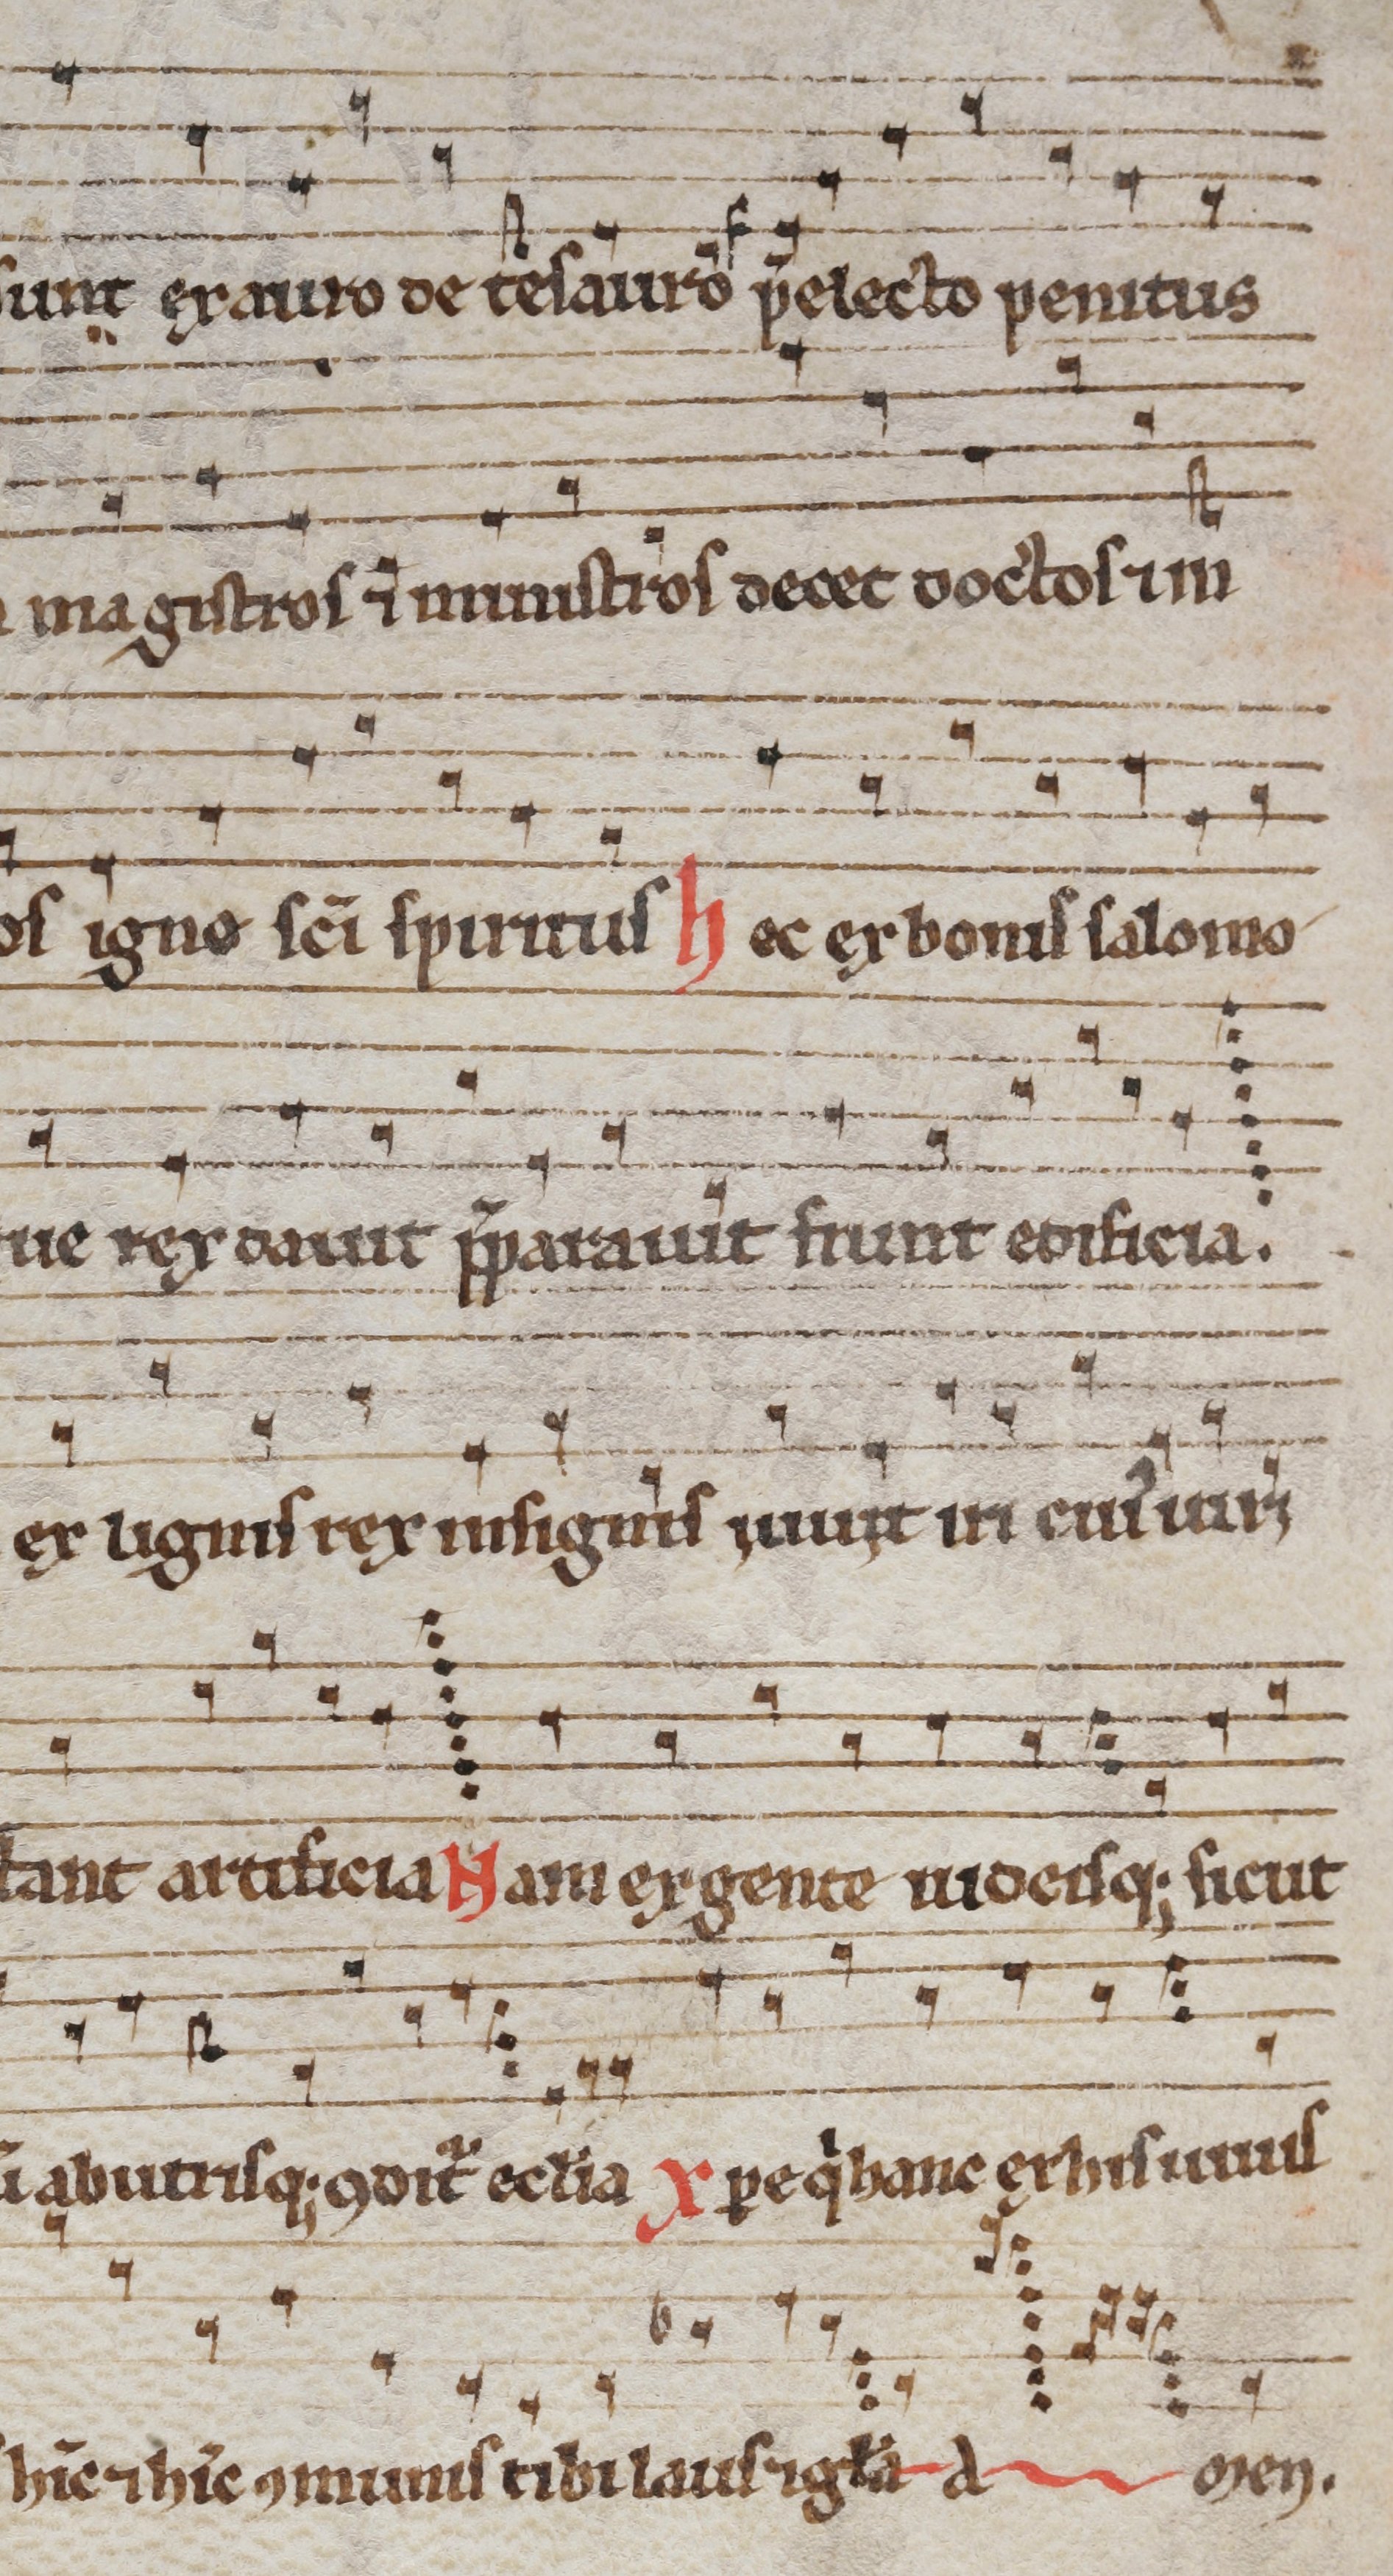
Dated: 1290–1309